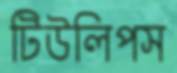
টিউলিপস